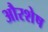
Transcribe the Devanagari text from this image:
औरशेष